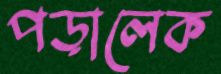
পড়ালেক